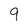
Character: 9